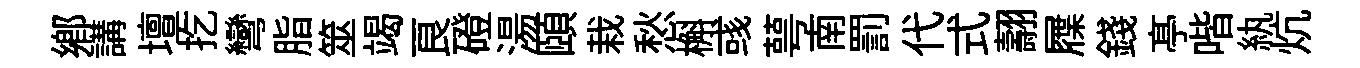
鄉講壇扢彎脂筮竭良磴湯頤栽愁槲彧萼南罰代式翿屧錢𠅘喈紈炕